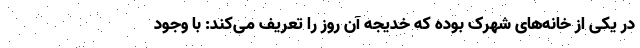
در یکی از خانه‌های شهرک بوده که خدیجه آن روز را تعریف می‌کند: با وجود